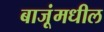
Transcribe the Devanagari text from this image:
बाजूंमधील